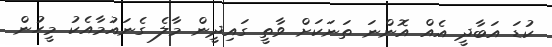
ކުޑަ އަބާދީ އެއް އޮންނަ ތަނަކަށް ވާތީ ގައިދީން މާލެ ގެނައުމާއެކު މީހުން